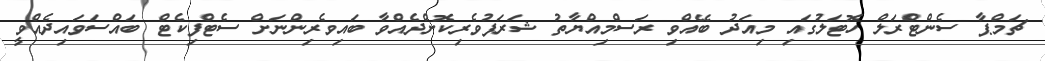
ޗަމްޕާ ސެންޓްރަލް ހޮޓަލުގައި މިއަދު ބޭއްވި ރަސްމިއްޔާތު ޝަރަފުވެރިކޮށްދެއްވާ ބައިވެރިންނަށް ސެޓްފިކެޓް ބައްސަވައިދެއްވީ